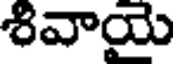
శివాయై